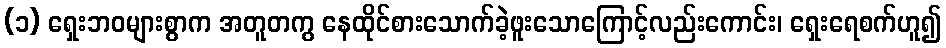
(၁) ရှေးဘဝများစွာက အတူတကွ နေထိုင်စားသောက်ခဲ့ဖူးသောကြောင့်လည်းကောင်း၊ ရှေးရေစက်ဟူ၍